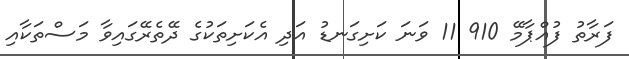
ފަރާތު ފުއްޕާމޭ 910 11 ވަނަ ކަށިގަނޑު އަދި އެކަށިތަކުގެ ދޭތެރޭގައިވާ މަސްތަކާއި